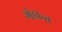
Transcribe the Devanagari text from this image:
गंडान्त